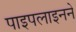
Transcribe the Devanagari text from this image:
पाइपलाइनने